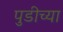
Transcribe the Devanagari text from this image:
पुडीच्या